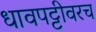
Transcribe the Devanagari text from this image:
धावपट्टीवरच